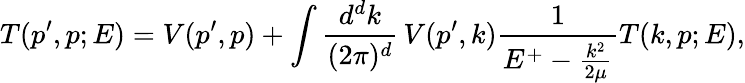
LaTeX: T(p^{\prime},p;E)=V(p^{\prime},p)+\int\frac{d^{d}k}{(2\pi)^{d}}\, V(p^{\prime},k)\frac{1}{E^{+}-\frac{k^{2}}{2\mu}}T(k,p;E),